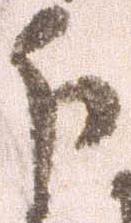
分